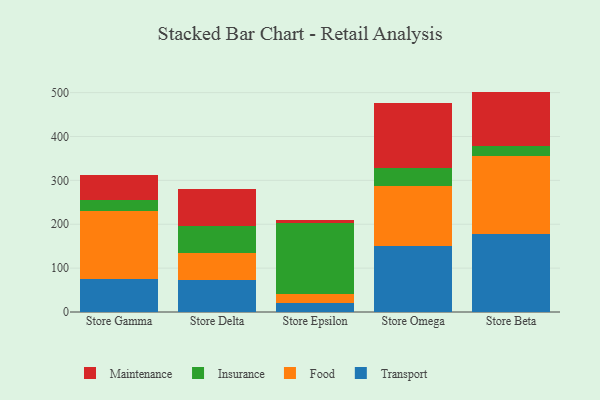
{"axis": {"x": "Store", "y": "Temperature (°C)"}, "legend": ["Food", "Insurance", "Maintenance", "Transport"], "data": [{"x": "Store Gamma", "y": 76.3, "type": "Transport"}, {"x": "Store Gamma", "y": 153.7, "type": "Food"}, {"x": "Store Gamma", "y": 26.1, "type": "Insurance"}, {"x": "Store Gamma", "y": 56.4, "type": "Maintenance"}, {"x": "Store Delta", "y": 73.7, "type": "Transport"}, {"x": "Store Delta", "y": 60.0, "type": "Food"}, {"x": "Store Delta", "y": 62.6, "type": "Insurance"}, {"x": "Store Delta", "y": 83.4, "type": "Maintenance"}, {"x": "Store Epsilon", "y": 21.2, "type": "Transport"}, {"x": "Store Epsilon", "y": 20.8, "type": "Food"}, {"x": "Store Epsilon", "y": 160.4, "type": "Insurance"}, {"x": "Store Epsilon", "y": 6.8, "type": "Maintenance"}, {"x": "Store Omega", "y": 151.3, "type": "Transport"}, {"x": "Store Omega", "y": 136.9, "type": "Food"}, {"x": "Store Omega", "y": 40.1, "type": "Insurance"}, {"x": "Store Omega", "y": 148.5, "type": "Maintenance"}, {"x": "Store Beta", "y": 177.7, "type": "Transport"}, {"x": "Store Beta", "y": 178.0, "type": "Food"}, {"x": "Store Beta", "y": 22.4, "type": "Insurance"}, {"x": "Store Beta", "y": 124.2, "type": "Maintenance"}]}